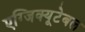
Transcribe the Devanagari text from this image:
एग्जिक्यूटेबल